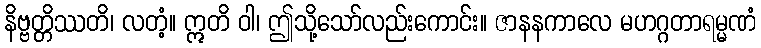
နိဗ္ဗတ္တိဿတိ၊ လတံ့။ ဣတိ ဝါ၊ ဤသို့သော်လည်းကောင်း။ ဇာနနကာလေ မဟဂ္ဂတာရမ္မဏံ